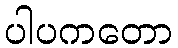
ပါပကတော